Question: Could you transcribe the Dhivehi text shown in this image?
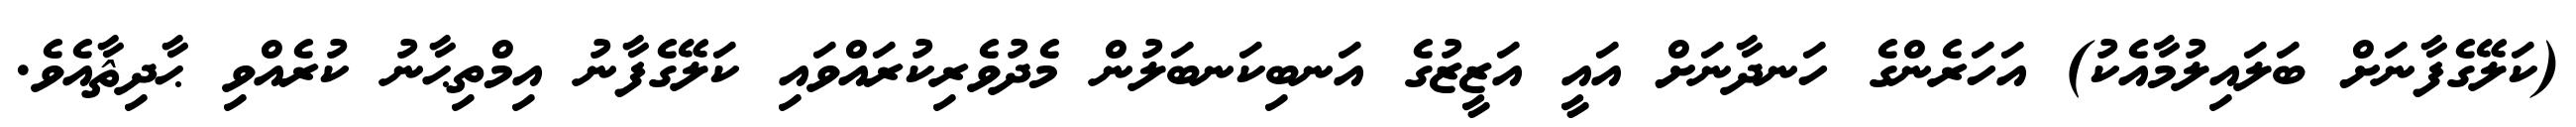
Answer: (ކަލޭގެފާނަށް ބަލައިލުމާއެކު) އަހަރެންގެ ހަނދާނަށް އައީ އަޒީޒުގެ އަނބިކަނބަލުން މެދުވެރިކުރައްވައި ކަލޭގެފާނު އިމްތިޙާނު ކުރެއްވި ޙާދިޘާއެވެ.